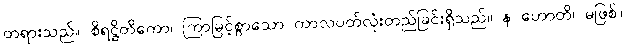
တရားသည်။ စိရဋ္ဌိတိကော၊ ကြာမြင့်စွာသော ကာလပတ်လုံးတည်ခြင်းရှိသည်။ န ဟောတိ၊ မဖြစ်။